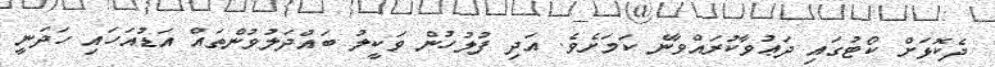
ދެކޮޅަށް ކޯޓުގައި ދަޢުވާކުރައްވާނެ ކަމަށެވެ. އަދި ފުލުހުން ވަކީލު ބައްދަލުވުންތައް އަޑުއަހައި ހަދަނީ